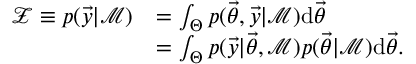
\begin{array} { r l } { \mathcal { Z } \equiv p ( \vec { y } | \mathcal { M } ) } & { = \int _ { \Theta } p ( \ensuremath { \vec { \theta } } , \vec { y } | \mathcal { M } ) \mathrm { d } \ensuremath { \vec { \theta } } } \\ & { = \int _ { \Theta } p ( \vec { y } | \ensuremath { \vec { \theta } } , \mathcal { M } ) p ( \ensuremath { \vec { \theta } } | \mathcal { M } ) \mathrm { d } \ensuremath { \vec { \theta } } . } \end{array}